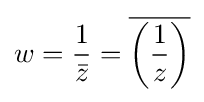
w={\frac {1}{\bar {z}}}={\overline {\left({\frac {1}{z}}\right)}}